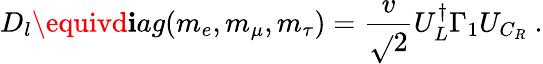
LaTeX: D_{l}\equivd\mathbf{i}ag(m_{e},m_{\mu},m_{\tau})=\frac{{v}}{{\sqrt{}{{2}}}}U_{L}^{\dagger}\Gamma_{1}U_{C_{R}}\ .